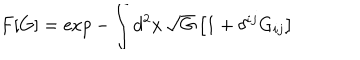
LaTeX: F [ G ] = \exp - \int d ^ { 2 } x \, \sqrt G \left[ 1 + \delta ^ { i j } G _ { i j } \right]